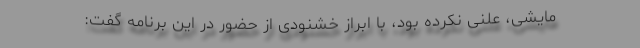
مایشی، علنی نکرده بود، با ابراز خشنودی از حضور در این برنامه گفت: